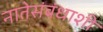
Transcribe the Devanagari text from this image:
नातेसंबंधाशी